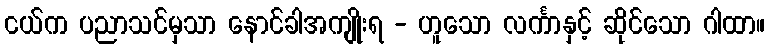
ငယ်က ပညာသင်မှသာ နောင်ခါအကျိုးရ - ဟူသော လင်္ကာနှင့် ဆိုင်သော ဂါထာ။